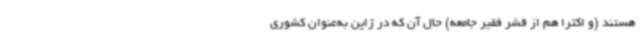
هستند (و اکثراً هم از قشر فقیر جامعه) حال آن که در ژاپن به‌عنوان کشوری